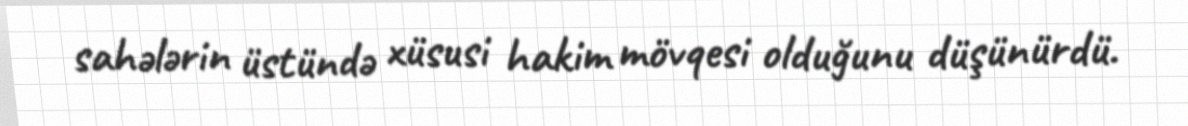
sahələrin üstündə xüsusi hakim mövqesi olduğunu düşünürdü.